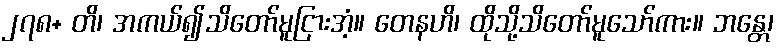
၂၇၈+ တိ၊ အကယ်၍သိတော်မူငြားအံ့။ တေနဟိ၊ ထိုသို့သိတော်မူသော်ကား။ ဘန္တေ၊